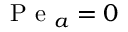
\mathrm { ~ P ~ e ~ } _ { a } = 0